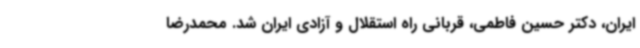
ایران، دکتر حسین فاطمی، قربانی راه استقلال و آزادی ایران شد.‌ محمدرضا